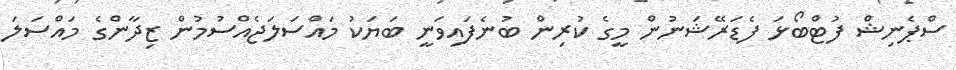
ސްޕެނިޝް ފުޓްބޯޅަ ފެޑަރޭޝަނުން މީގެ ކުރިން ބުނެފައިވަނީ ބަޔަކު މައްސަލަޖެއްސުމުން ޒިދާންގެ މައްސަލަ